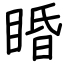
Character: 睧